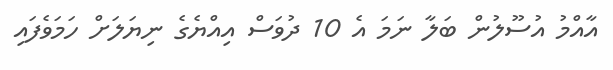
އާއްމު އުސޫލުން ބަލާ ނަމަ އެ 10 ދުވަސް އިއްޔެގެ ނިޔަލަށް ހަމަވެފައި